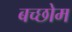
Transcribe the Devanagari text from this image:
बच्छोम